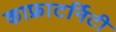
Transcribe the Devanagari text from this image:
काफ्राटर्निटी